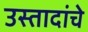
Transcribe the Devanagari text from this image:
उस्तादांचे